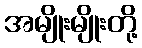
အမျိုးမျိုးတို့